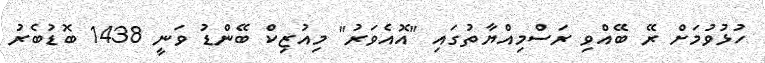
ހުޅުވުމަށް ރޭ ބޭއްވި ރަސްމިއްޔާތުގައި "އޮއެވަރު" މިއުޒިކް ބޭންޑު ވަނީ 1438 ބޮޑުބެރު